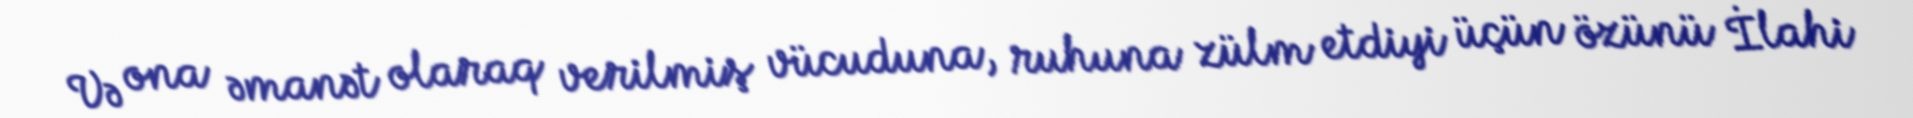
Və ona əmanət olaraq verilmiş vücuduna, ruhuna zülm etdiyi üçün özünü İlahi